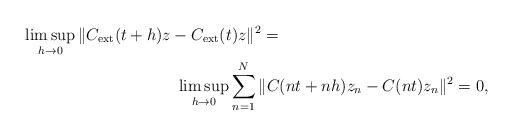
\begin{align*} \limsup_{h\rightarrow 0} \| C_{\mathrm{ext}} (t+h) z &-C_{\mathrm{ext}} (t) z \|^2 = \\ &\ \limsup_{h\rightarrow 0} \sum_{n=1}^{N} \| C (nt+nh) z_n -C (nt) z_n \|^2 =0, \end{align*}